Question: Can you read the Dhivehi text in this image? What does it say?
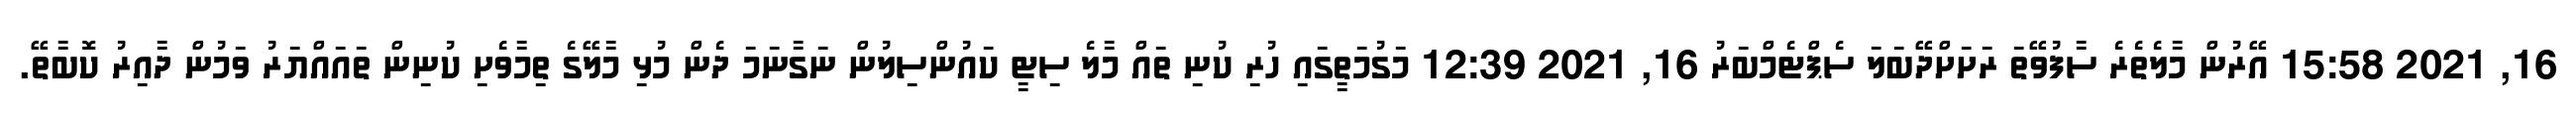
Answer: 16, 2021 15:58 އޭރުން މާލެތެރެ ސާފުވޭތަ ރަށަށްދޭބަލަ ސެޕްޓެމްބަރު 16, 2021 12:39 މަގުމަތީގައި ހުރި ކުނި ތައް މާލެ ސިޓީ ކައުންސިލުން ނަގާނަމަ ދެން މުޅި މާލޭގެ ތިމާވެށި ކުނިން ތައައްޔަރު ވަމުން ދާއިރު ކޮބާތޭ.